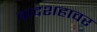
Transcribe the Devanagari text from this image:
बादशहावर